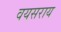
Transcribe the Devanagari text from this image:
वयसराय